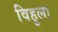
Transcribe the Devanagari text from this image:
विहुला